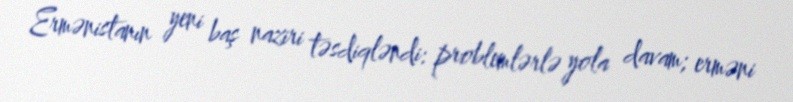
Ermənistanın yeni baş naziri təsdiqləndi: problemlərlə yola davam; erməni